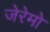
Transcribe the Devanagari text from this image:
जेरेमो